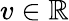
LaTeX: v\in\mathbb{R}